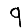
Digit: 9